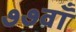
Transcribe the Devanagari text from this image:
७७वाँ